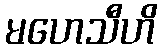
မဟေသီဟိ